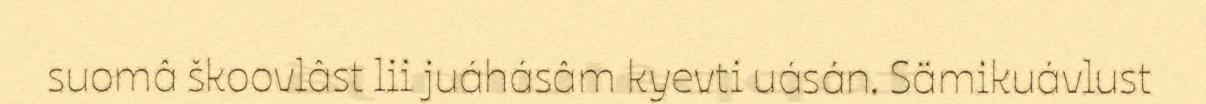
suomâ škoovlâst lii juáhásâm kyevti uásán. Sämikuávlust